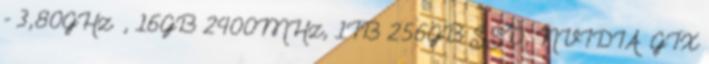
- 3,80GHz , 16GB 2400MHz, 1TB 256GB SSD, NVIDIA® GTX